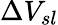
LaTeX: \Delta V_{sl}